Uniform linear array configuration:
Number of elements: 32
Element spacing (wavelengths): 1
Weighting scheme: hann
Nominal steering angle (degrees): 30
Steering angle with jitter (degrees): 31.842
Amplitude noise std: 0.05
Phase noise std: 0.05

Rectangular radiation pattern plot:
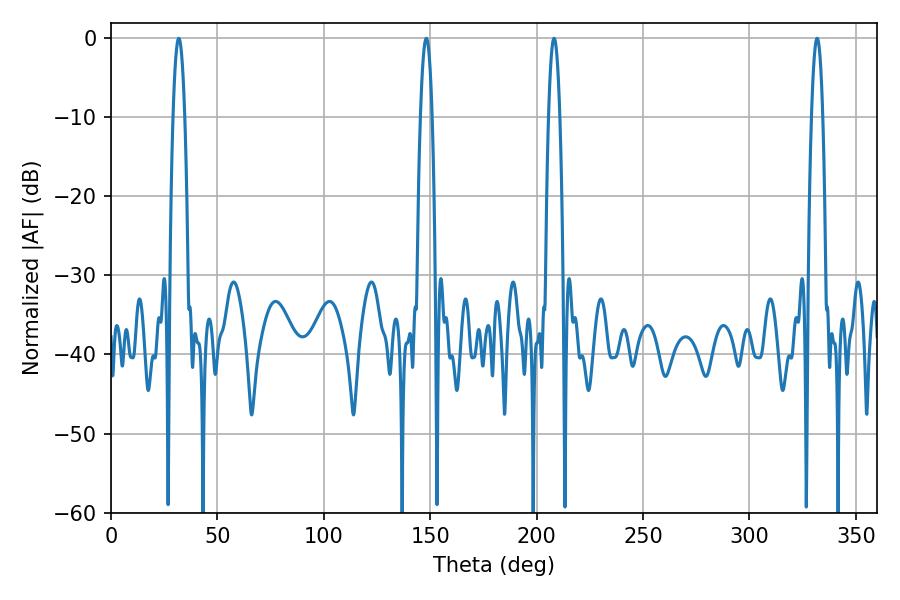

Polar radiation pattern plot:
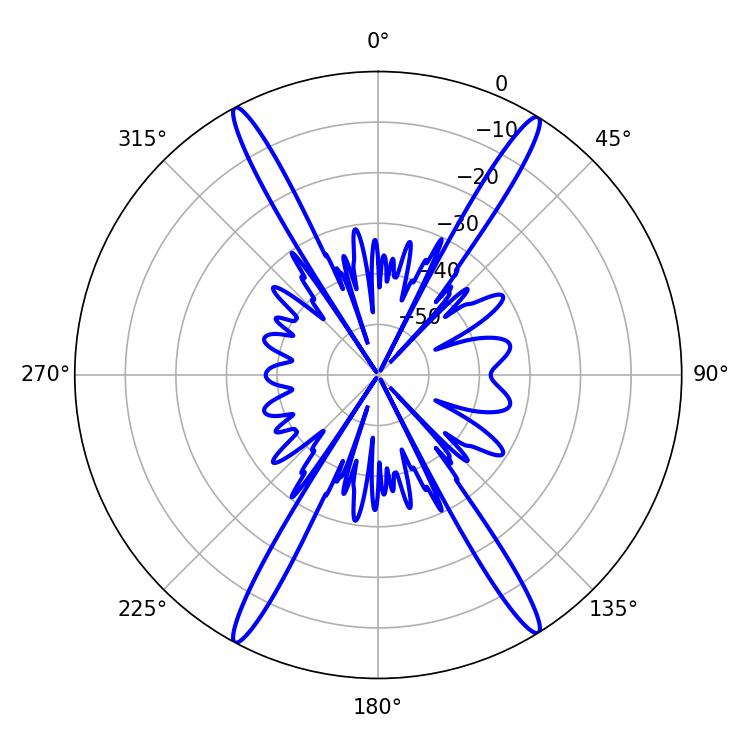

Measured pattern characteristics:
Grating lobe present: TRUE
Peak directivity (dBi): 23.715
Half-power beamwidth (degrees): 2.88
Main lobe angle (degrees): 31.86